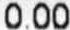
0.00